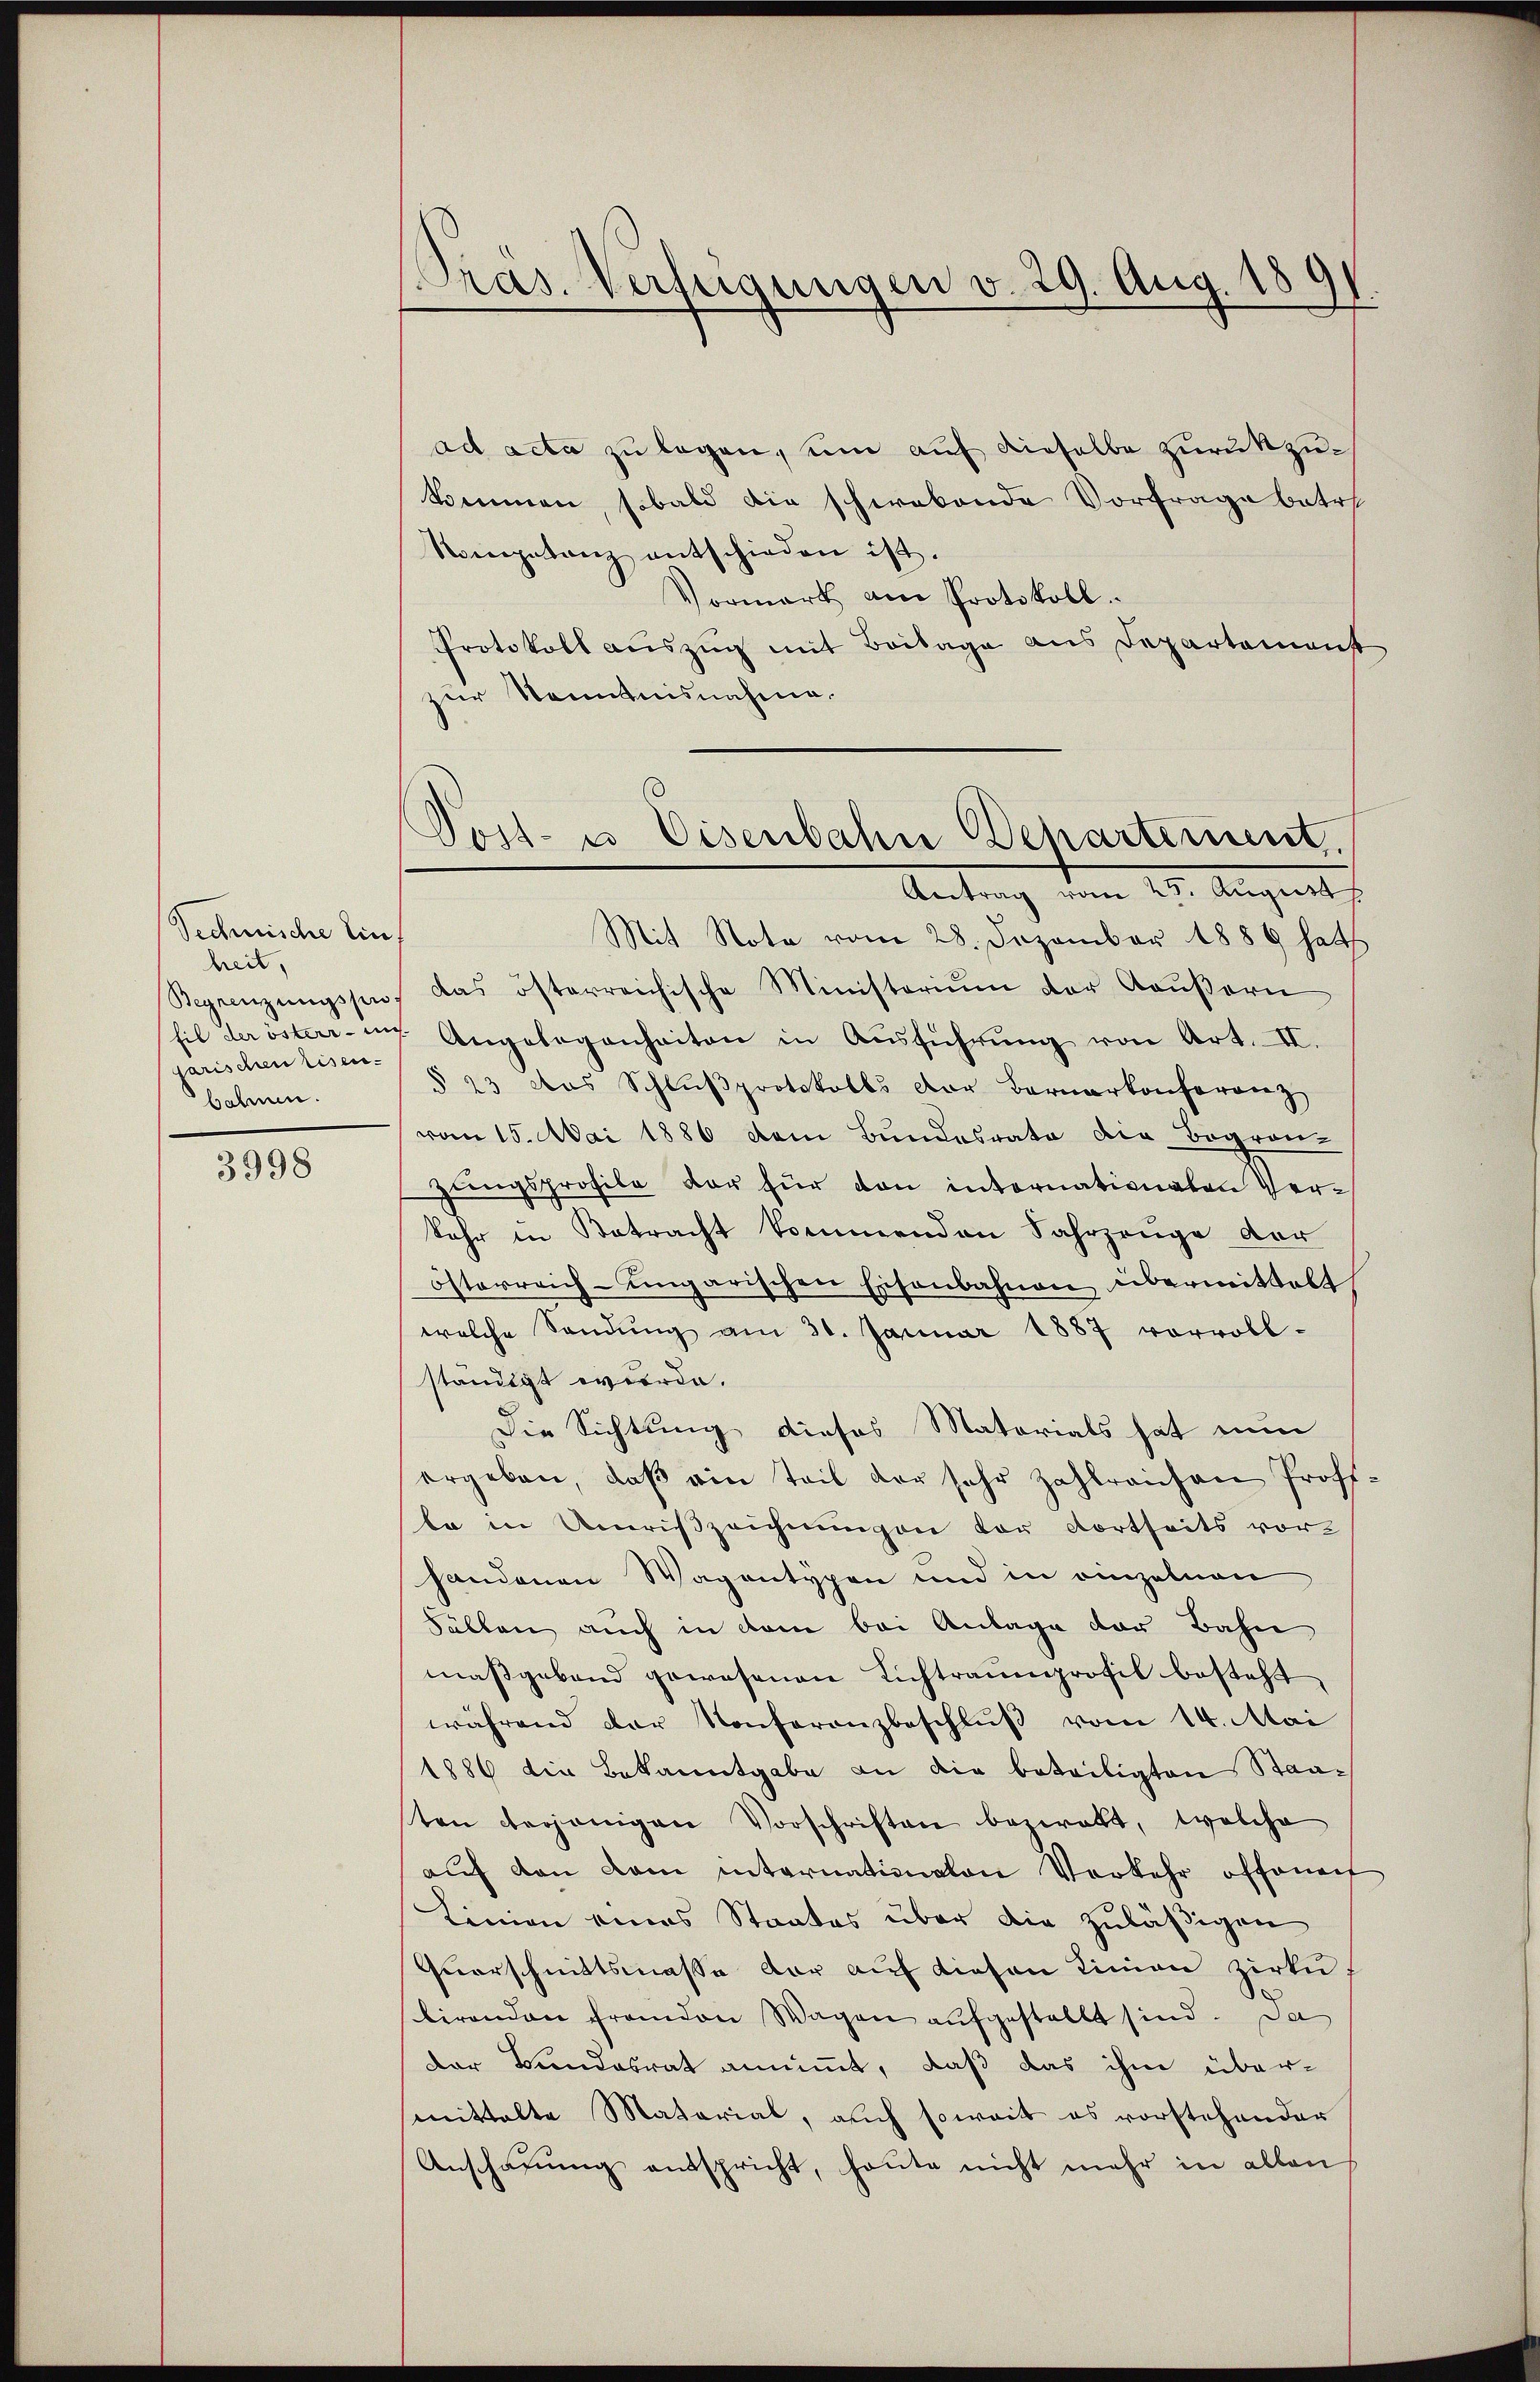
Technische Einheit,
garischen Eisen-
bahnen.

3998

Präs. Verfügungen v. 29. Aug. 1891.

Post- u. Eisenbahn Departement
Antrag vom 25. August
Mit Note vom 28. Dezember 1889 hat

ad acta zu legen, um auf dieselbe zurückzukommen, sobald die schwabende Vorfrage betr
Nompetanz entschieden ist.
Vormark am Protokoll.
Protokoll auszug mit Beilage aus Departemenst
zur Kenntnisnahme.
Begrenzungsper, das österreichische Ministerium der Aaŭβern
hil der österrenz Angelegenheiten in Ausführung von Art. II.
§ 23 des Schlŭβprotokolls Dor Bernarkonferenz
vom 15. Mai 1886 dem Bundesrate die Bogron-
zungsprofile der für den internationaten Ver¬
Sehr in Betracht kommenden Fahrzeuge der
österreich-ungarischen Eisenbahnen übermittelt
welche Sandŭng am 31. Januar 1887 vorvoll-
ständigt werde.
Die Sichtung dieses Matorials hat nun
ergeben, daß ein Teil der sehr zahlreichen Prof.
ta in Unriszeichnungen der dortseits vor-
handenen Wagentypen und in einzelnen
Fällen auch in dem bei Anlage der Bahn
maßgebend gewesenen Lichtraumprofil besteht
während der Konferenzbeschlŭβ vom 14. Mai
1886 die Bekanntgabe an die beteiligten Staaten derjenigen Vorschriften bezwert, welche
aŭf den dem internationalen Verkehr offenenf
Linien eines Staates über die zuläßigen
Querschnittsmasse der auf diesen Linien Zirku
birenden Frandon Wagen aufgestellt sind. Da
der Bundesrat annimmt, daß das ihm übersmittelte Material, auch soweit es vorstehender
Anschauung entspricht, heute nicht mehr in allen